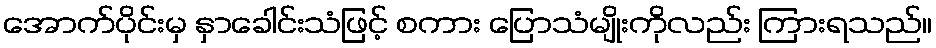
အောက်ပိုင်းမှ နှာခေါင်းသံဖြင့် စကား ပြောသံမျိုးကိုလည်း ကြားရသည်။